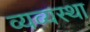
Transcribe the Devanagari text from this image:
व्यव्यस्था